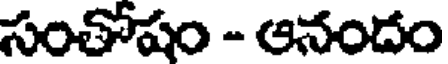
సంతోషం - ఆనందం